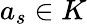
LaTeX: a_{s}\in K